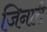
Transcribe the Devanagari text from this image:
जिनारी